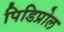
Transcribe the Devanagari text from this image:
पिडिप्रोल